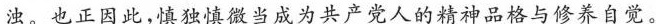
浊。也正因此，慎独慎微当成为共产党人的精神品格与修养自觉。